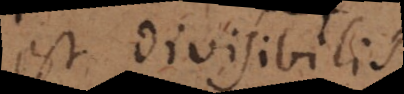
est divisibilis.